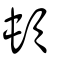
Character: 頓